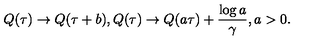
Q ( \tau ) \rightarrow Q ( \tau + b ) , Q ( \tau ) \rightarrow Q ( a \tau ) + \frac { \log a } { \gamma } , a > 0 .